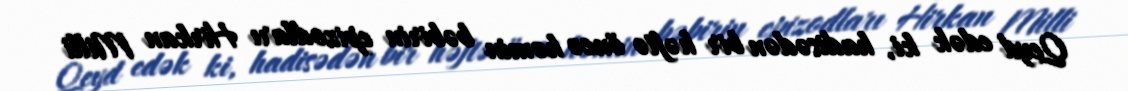
Qeyd edək ki, hadisədən bir həftə öncə həmin bəbirin epizodları Hirkan Milli